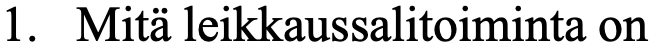
1. Mitä leikkaussalitoiminta on